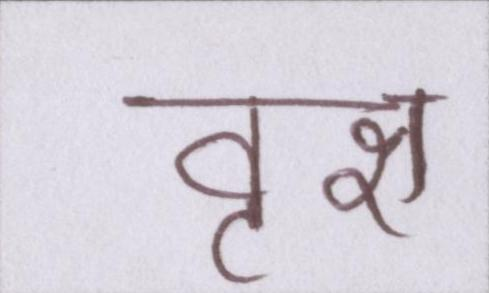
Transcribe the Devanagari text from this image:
वृक्ष